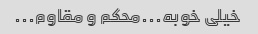
خیلی خوبه...محکم و مقاوم...